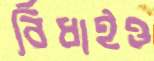
বিঁধাইও